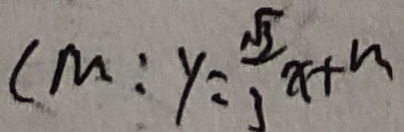
C M : y = \frac { \sqrt { 3 } } { 3 } x + m